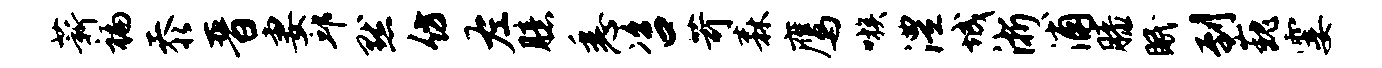
薪褊忝晋妻邱默仿左臆悉咨苛森鹰嗾澧城浙浦膝眠到巍霎